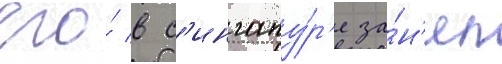
его́ в с'ингапу́р'е за́н'ял